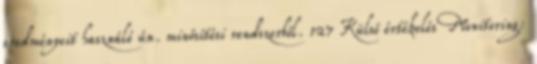
eredményeit használó ún. minősítési rendszerből. 127 Külső értékelés Monitoring: